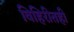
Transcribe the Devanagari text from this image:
विहिरीतही